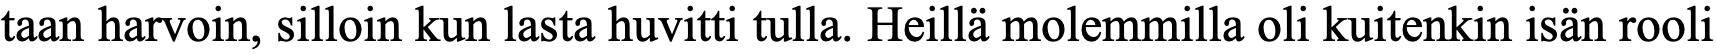
taan harvoin, silloin kun lasta huvitti tulla. Heillä molemmilla oli kuitenkin isän rooli